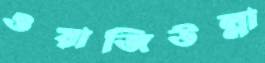
ওয়াজিউল্লা